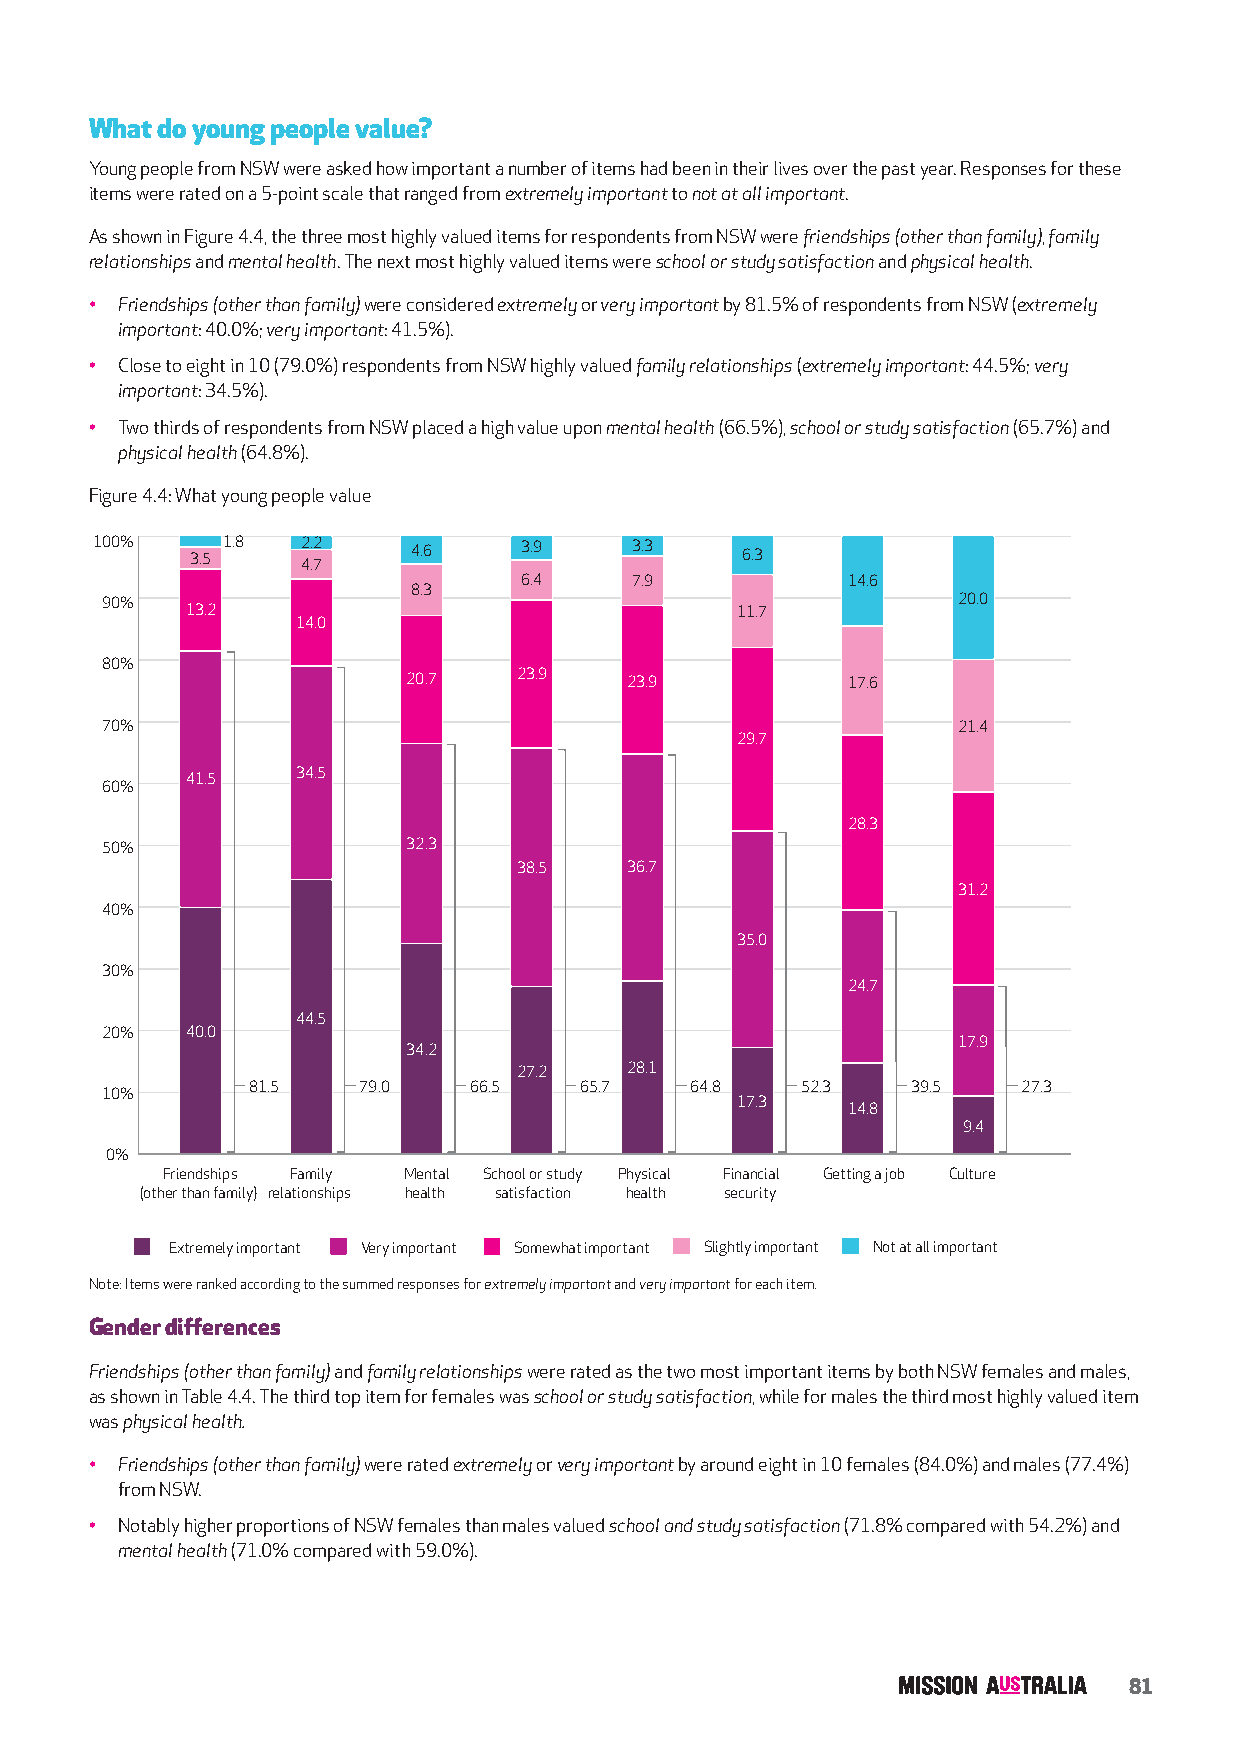
What do young people value?
 Young people from NSW were asked how important a number of items had been in their lives over the past year. Responses for these
 items were rated on a 5-point scale that ranged from extremely important to not at all important.
 As shown in Figure 4.4, the three most highly valued items for respondents from NSW were friendships (other than family), family
 relationships and mental health. The next most highly valued items were school or study satisfaction and physical health.
 • Friendships (other than family) were considered extremely or very important by 81.5% of respondents from NSW (extremely
 important: 40.0%; very important: 41.5%).
 • Close to eight in 10 (79.0%) respondents from NSW highly valued family relationships (extremely important: 44.5%; very
 important: 34.5%).
 • Two thirds of respondents from NSW placed a high value upon mental health (66.5%), school or study satisfaction (65.7%) and
 physical health (64.8%).
 Figure 4.4: What young people value
 100%   3.5 1.8 42 .. 72 4.6 3.9     3.3    6.3
 6.4     7.9           14.6
 8.3
 90%                                                     20.0
 13.2                                 11.7
 14.0
 80%
 20.7   23.9   23.9           17.6
 70%                                                     21.4
 29.7
 34.5
 41.5
 60%
 28.3
 50%                 32.3
 38.5   36.7
 31.2
 40%
 35.0
 30%
 24.7
 44.5
 20%  40.0
 17.9
 34.2
 27.2   28.1
 81.5    79.0   66.5   65.7    64.8   52.3   39.5    27.3
 10%
 17.3
 14.8
 9.4
 0%
 Friendships Family Mental School or study Physical Financial Getting a job Culture
 (other than family) relationships health satisfaction health security
 Extremely important Very important Somewhat important Slightly important Not at all important
 Note: Items were ranked according to the summed responses for extremely important and very important for each item.
 Gender differences
 Friendships (other than family) and family relationships were rated as the two most important items by both NSW females and males,
 as shown in Table 4.4. The third top item for females was school or study satisfaction, while for males the third most highly valued item
 was physical health.
 • Friendships (other than family) were rated extremely or very important by around eight in 10 females (84.0%) and males (77.4%)
 from NSW.
 • Notably higher proportions of NSW females than males valued school and study satisfaction (71.8% compared with 54.2%) and
 mental health (71.0% compared with 59.0%).
 81